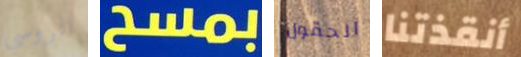
الروسي بمسح الحقول أنقذتنا